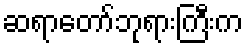
ဆရာတော်ဘုရားကြီးက